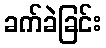
ခက်ခဲခြင်း